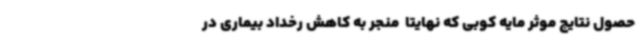
حصول نتایج موثر مایه کوبی که نهایتا ً منجر به کاهش رخداد بیماری در